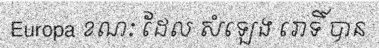
Europa ខណៈ ដែល សំឡេង រោទិ៍ បាន